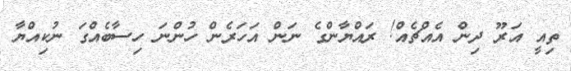
ތިއީ އަރޫ ދިން އެއްޗެއް! ރައްޔާންގެ ނަން އަހަރެން ހުންނަ ހިސާބެއްގަ ނުކިއްޔާ